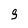
Character: 9